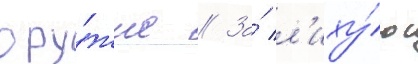
ору́жие // За́ л'иху́ю